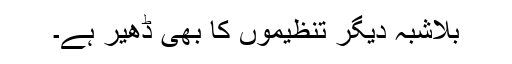
بلاشبہ دیگر تنظیموں کا بھی ڈھیر ہے۔